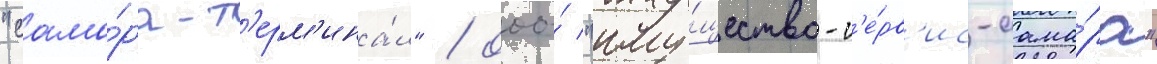
"сама́ра-т'ерм'ина́л" / ооо́ "иму́щество-с'е́рв'ис-сама́ра"